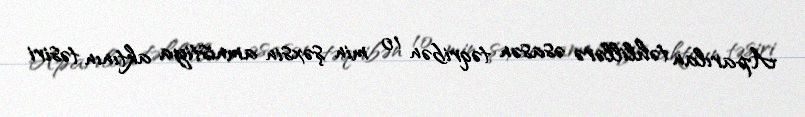
Aparılan təhlillərə əsasən təqribən 10 min şəxsin amnistiya aktının təsiri